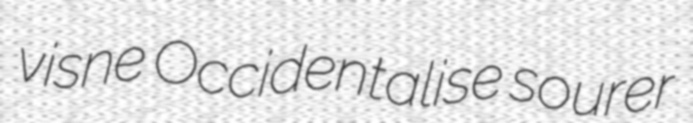
visne Occidentalise sourer